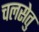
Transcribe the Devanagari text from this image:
चलसेतु